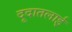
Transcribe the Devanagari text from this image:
दूदातलाई